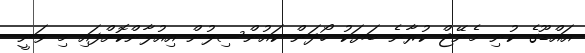
އައްޑޫގެ ކުނި މެނޭޖް ކުރާނެ ބަޔަކު ހޯދަން ކައުންސިލުން އިއުލާންކޮށްފައި މި ވަނީ